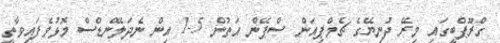
ގްރޫޕްބީގައި މިރޭ ދުނިޔޭގެ ޗެމްޕިއަން ސްޕޭން އަތުން 5-1 އިން ނެދަލޭންޑްސް މޮޅުވެފައިވާތީ